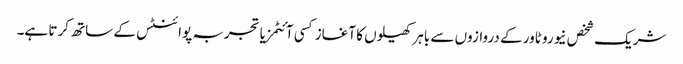
شریک شخص نیورو ٹاور کے دروازوں سے باہر کھیلوں کا آغاز کسی آئٹمز یا تجربہ پوائنٹس کے ساتھ کرتا ہے۔